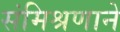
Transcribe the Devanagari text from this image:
संमिश्रणाने